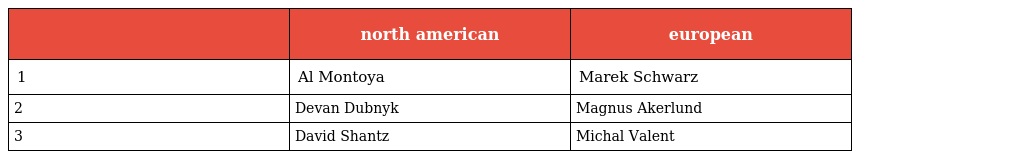
|  | north american | european |
 | --- | --- | --- |
 | 1 | Al Montoya | Marek Schwarz |
 | 2 | Devan Dubnyk | Magnus Akerlund |
 | 3 | David Shantz | Michal Valent |